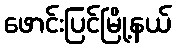
ဖောင်းပြင်မြို့နယ်